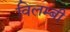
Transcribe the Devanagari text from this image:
विलम्बी